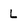
Character: L